Report of the Municipal Commissioner on the plague in Bombay for the year ending 31st May... - Volume 2
Disease focus: Plague
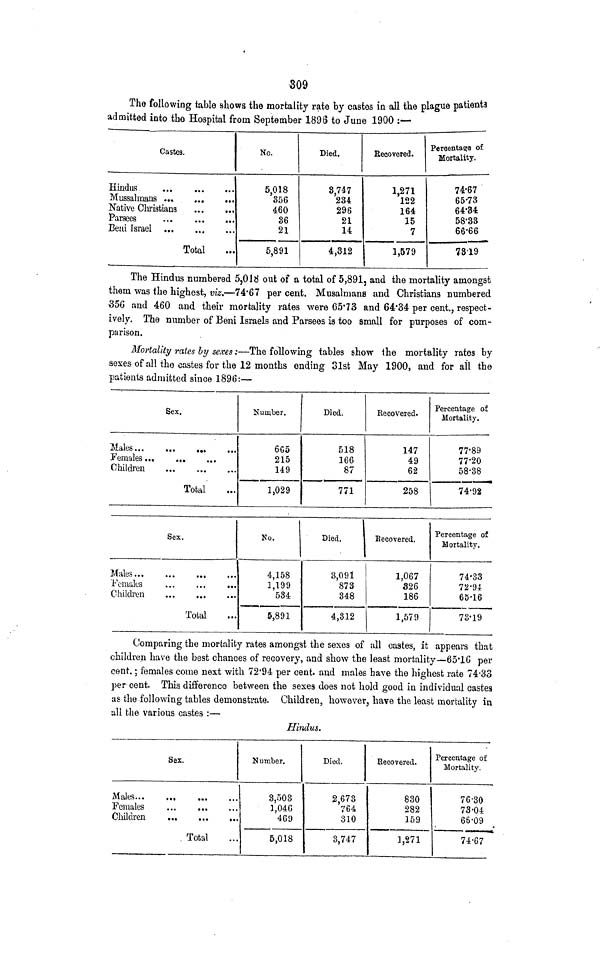
309
The following table shows the mortality rate by castes in all the plague patients
admitted into the Hospital from September 1898 to June 1900 :—
Castes.
Hindus
Mussalmans
Native Christiana
Parsees
Beai Israel
Total
No.
5,018
356
460
36
21
5,891
Died.
8,747
234
296
21
14
4,312
Recovered.
1,271
122
164
15
7
1,579
Percentage of
Mortality.
74-67
65-73
64'34
58-33
66-66
7819
The Hindus numbered 5,018 out of a total of 5,891, and the mortality amongst
them was the highest, viz.—74'67 per cent. Musalmans and Christians numbered
356 and 460 and their mortality rates were 65'73 and 64'34 per cent., respect-
ively. The number of Beni Israels and Parsees is too small for purposes of com-
parison.
Mortality rates ly sexes:—The following tables show the mortality rates by
sexes of all the castes for the 12 months ending 31st May 1900, and for all the
patients admitted since 1896:—
Sex.
Males
Females
Children
Total
Number.
6C5
215
149
1,029
Died.
518
166
87
771
Ee covered.
147
49
62
258
Percentage of
Mortality.
77-89
77-20
58-38
74-92
Sex.
Females
Children
,.
Total
Ko.
4 158
1,199
534
5,891
Died.
3,091
873
348
4,312
Recovered.
1 067
326
186
1,579
Percentage of
Mortality.
74-33
72-94
65-16
73-19
Comparing the mortality rates amongst the sexes of all castes, it appears that
children have the best chances of recovery, and show the least mortality—65'1G per
cent.; females come next with 72*94 per cent, and males have the highest rate 74-33
per cent. This difference between the sexes does not hold good in individual castes
as the following tables demonstrate. Children, however, have the least mortality in
all the various castes :—
Hindus.
Sex.
Males
Females
Children
. Total
Number.
3,503
1,046
469
5,018
Died.
2,673
764
310
3,747
Recovered.
830
282
159
3,271
Percentage of
Mortality.
76-30
73-04
66-09
74-67